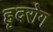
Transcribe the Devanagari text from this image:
हृदरोग